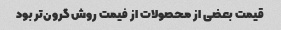
قیمت بعضی از محصولات از فیمت روش گرون‌تر بود